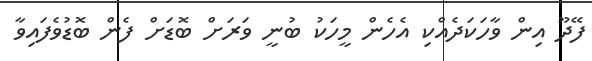
ފޭދޫ އިން ވާހަކަދެއްކި އެހެން މީހަކު ބުނީ ވަރަށް ބޮޑަށް ފެން ބޮޑުވެފައިވާ